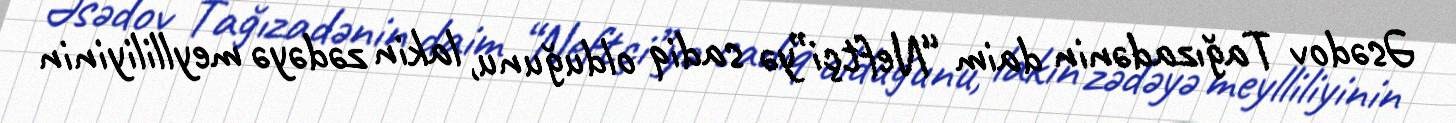
Əsədov Tağızadənin daim “Neftçi”yə sadiq olduğunu, lakin zədəyə meylliliyinin